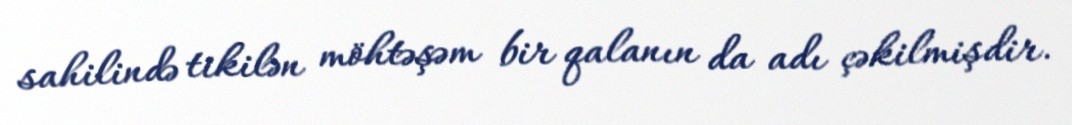
sahilində tikilən möhtəşəm bir qalanın da adı çəkilmişdir.